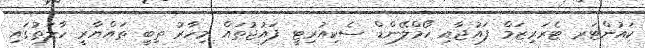
ކައުންޓަރ ޓެރަރިޒަމް ފައުޖާއި ހޯމްލޭންޑް ސެކިއުރިޓީ ފައުޖުތައް މިހާރު ތިބީ ތައްޔާރީ ހާލަތުގައި